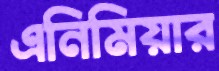
এনিমিয়ার